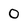
Character: O